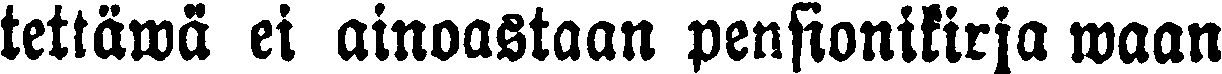
tettäwä ei ainoastaan pensionikirja waan